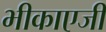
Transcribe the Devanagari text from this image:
भीकाएजी